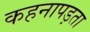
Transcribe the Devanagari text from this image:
कहनापड़ता